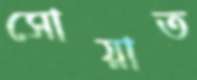
সোয়াত